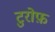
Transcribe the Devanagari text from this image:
टुरोफ़